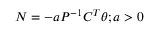
N = - a P ^ { - 1 } C ^ { T } \theta ; a > 0